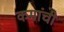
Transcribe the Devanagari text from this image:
कमांची